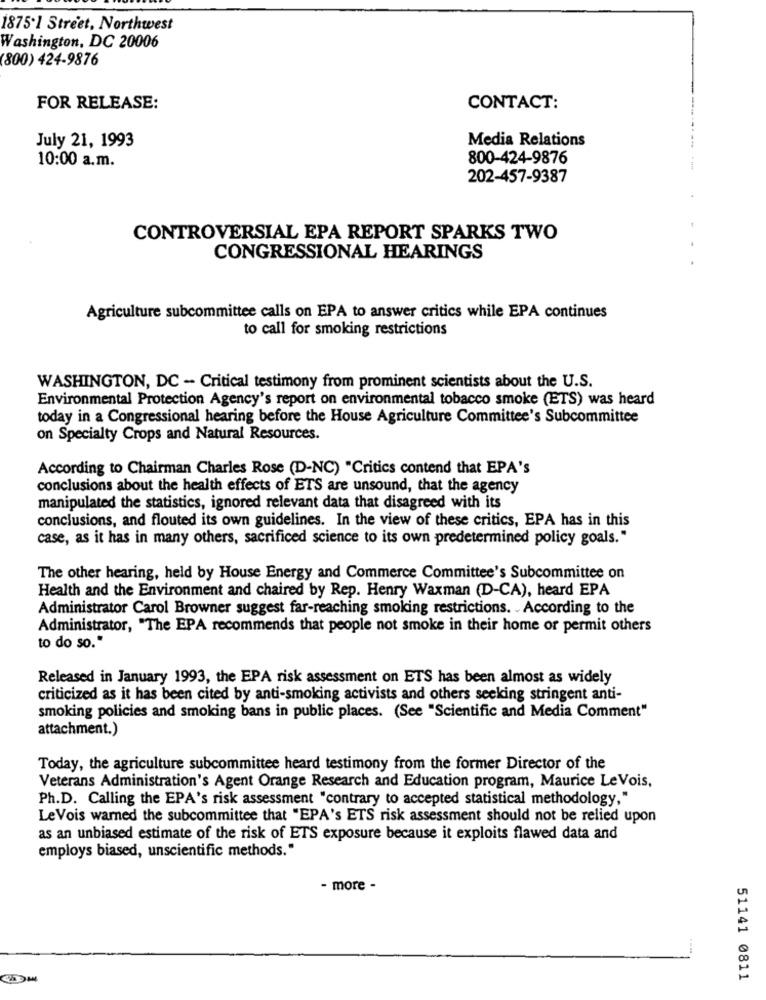
1875'1 Street, Northwest
Washington, DC 20006
(800) 424-9876
FOR RELEASE:
CONTACT:
Media Relations
July 21, 1993
800-424-9876
10:00 a.m.
202-457-9387
CONTROVERSIAL EPA REPORT SPARKS TWO
CONGRESSIONAL HEARINGS
.
Agriculture subcommittee calls on EPA to answer critics while EPA continues
to call for smoking restrictions
WASHINGTON, DC - Critical testimony from prominent scientists about the U.S.
Environmental Protection Agency's report on environmental tobacco smoke (ETS) was heard
today in a Congressional hearing before the House Agriculture Committee's Subcommittee
on Specialty Crops and Natural Resources.
According to Chairman Charles Rose (D-NC) "Critics contend that EPA's
conclusions about the health effects of ETS are unsound, that the agency
manipulated the statistics, ignored relevant data that disagreed with its
conclusions, and flouted its own guidelines. In the view of these critics, EPA has in this
case, as it has in many others, sacrificed science to its own predetermined policy goals."
The other hearing, held by House Energy and Commerce Committee's Subcommittee on
Health and the Environment and chaired by Rep. Henry Waxman (D-CA), heard EPA
Administrator Carol Browner suggest far-reaching smoking restrictions. According to the
Administrator, "The EPA recommends that people not smoke in their home or permit others
to do so."
Released in January 1993, the EPA risk assessment on ETS has been almost as widely
criticized as it has been cited by anti-smoking activists and others seeking stringent anti-
smoking policies and smoking bans in public places. (See "Scientific and Media Comment"
attachment.)
Today, the agriculture subcommittee heard testimony from the former Director of the
Veterans Administration's Agent Orange Research and Education program, Maurice LeVois,
Ph.D. Calling the EPA's risk assessment "contrary to accepted statistical methodology,"
Le Vois warned the subcommittee that "EPA's ETS risk assessment should not be relied upon
as an unbiased estimate of the risk of ETS exposure because it exploits flawed data and
employs biased, unscientific methods."
- more -
51141 0811